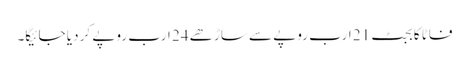
فاٹا کا بجٹ 21 ارب روپے سے ساڑھے 24 ارب روپے کر دیا جائیگا۔